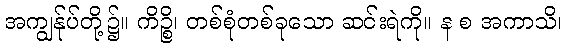
အကျွန်ုပ်တို့၌။ ကိဉ္စိ၊ တစ်စုံတစ်ခုသော ဆင်းရဲကို။ န စ အကာသိ၊